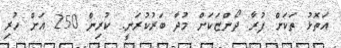
އަތޮޅު ތަކަށް ފުރާ ދޯންޏަކަށް މުދާ ބަރުކުރަނީ. ކުރިން 250 އަށް ހުރި